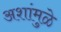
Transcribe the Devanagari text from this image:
अशांमुळे